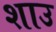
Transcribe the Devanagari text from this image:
शाउ